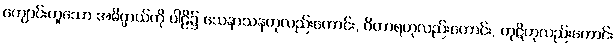
ကျောင်းဟူသော အဓိပ္ပာယ်ကို ပါဠိ၌ သေနာသနဟုလည်းကောင်း, ဝိဟာရဟုလည်းကောင်း, ကုဋိဟုလည်းကောင်း